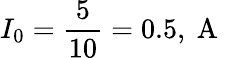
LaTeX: I_{0}=\frac{5}{10}=0.5,\mathrm{~A~}